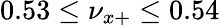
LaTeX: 0.53\leq\nu_{x+}\leq 0.54